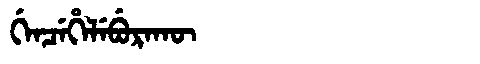
Manchu: ᡤᡝᠨᠴᡝᡥᡝᠯᡝᠪᡠᡵᠠᡴᡡ
Romanization: GENCEHELEBURAKŪ